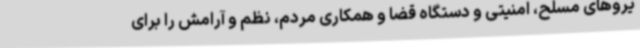
یروهای مسلح، امنیتی و دستگاه قضا و همکاری مردم، نظم و آرامش را برای